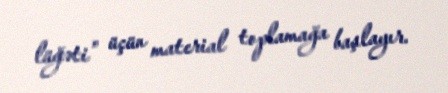
lüğəti" üçün material toplamağa başlayır.